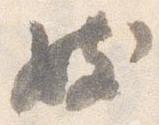
妓